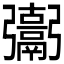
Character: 𩱒